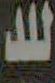
للد